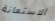
الاستعانة